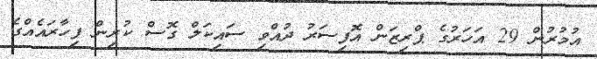
އުމުރުން 29 އަހަރުގެ ޕްރިޒަން އޮފިސަރު ދުއްވި ސައިކަލް ގޮސް ކުރިން ފިހާރައެއްގެ